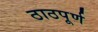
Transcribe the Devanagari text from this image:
ठाठपूर्ण